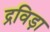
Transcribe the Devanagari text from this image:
द्रविड़ा